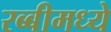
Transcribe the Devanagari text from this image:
रब्बीमध्ये